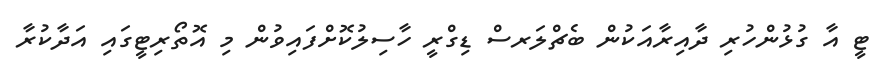
ޓީ އާ ގުޅުންހުރި ދާއިރާއަކުން ބެޗްލަރސް ޑިގްރީ ހާސިލުކޮށްފައިވުން މި އޮތޯރިޓީގައި އަދާކުރާ